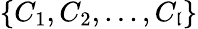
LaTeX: \{ C_{1},C_{2},...,C_{\mathfrak{l}}\}